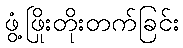
ဖွံ့ဖြိုးတိုးတက်ခြင်း